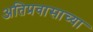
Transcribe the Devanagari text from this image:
अतिप्रवासाच्या